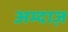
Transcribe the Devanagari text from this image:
अम्दाज़